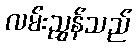
လမ်းညွှန်သည်